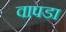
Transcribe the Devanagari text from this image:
वापडा